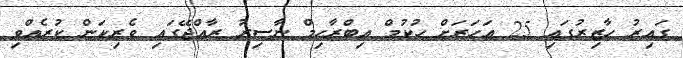
ގައިރު ހާޒިރުގައި 25 އަހަރަށް ހުކުމް އިބްރާހިމް ނާސިރު ރާއްޖޭގައި ވެރިކަން ކުރެއްވި